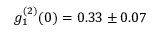
g _ { 1 } ^ { ( 2 ) } ( 0 ) = 0 . 3 3 \pm 0 . 0 7